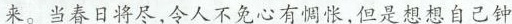
来。当春日将尽,令人不免心有惆怅,但是想想自己钟